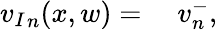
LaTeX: \begin{array}{rl}{{v_{I}}_{n}(x,w)={}}&{{}v_{n}^{-},}\end{array}